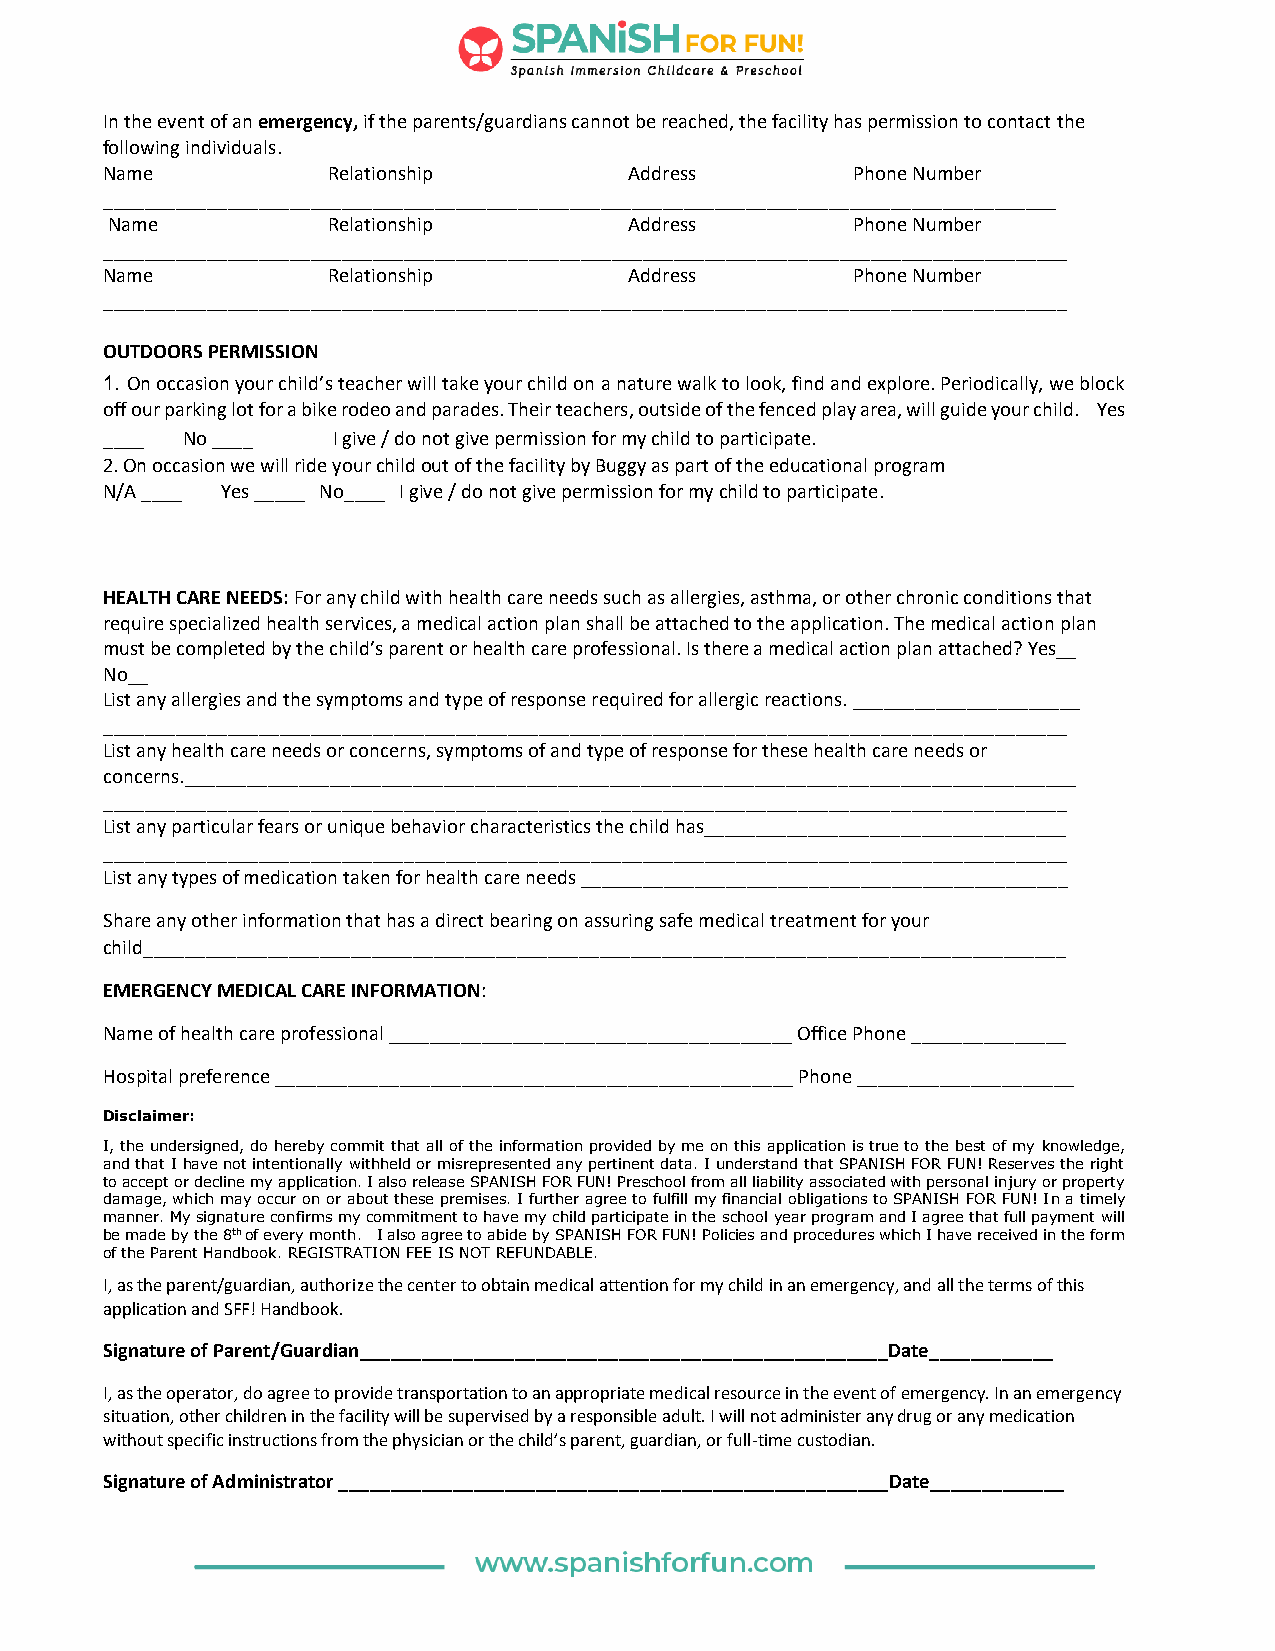
In the event of an emergency, if the parents/guardians cannot be reached, the facility has permission to contact the
 following individuals.
 Name           Relationship        Address        Phone Number
 ____________________________________________________________________________________________
 Name           Relationship        Address        Phone Number
 _____________________________________________________________________________________________
 Name           Relationship        Address        Phone Number
 _____________________________________________________________________________________________
 OUTDOORS PERMISSION
 1. On occasion your child’s teacher will take your child on a nature walk to look, find and explore. Periodically, we block
 off our parking lot for a bike rodeo and parades. Their teachers, outside of the fenced play area, will guide your child. Yes
 ____ No ____   I give / do not give permission for my child to participate.
 2. On occasion we will ride your child out of the facility by Buggy as part of the educational program
 N/A ____ Yes _____ No____ I give / do not give permission for my child to participate.
 HEALTH CARE NEEDS: For any child with health care needs such as allergies, asthma, or other chronic conditions that
 require specialized health services, a medical action plan shall be attached to the application. The medical action plan
 must be completed by the child’s parent or health care professional. Is there a medical action plan attached? Yes__
 No__
 List any allergies and the symptoms and type of response required for allergic reactions. ______________________
 _____________________________________________________________________________________________
 List any health care needs or concerns, symptoms of and type of response for these health care needs or
 concerns.______________________________________________________________________________________
 _____________________________________________________________________________________________
 List any particular fears or unique behavior characteristics the child has___________________________________
 _____________________________________________________________________________________________
 List any types of medication taken for health care needs _______________________________________________
 Share any other information that has a direct bearing on assuring safe medical treatment for your
 child_________________________________________________________________________________________
 EMERGENCY MEDICAL CARE INFORMATION:
 Name of health care professional _______________________________________ Office Phone _______________
 Hospital preference __________________________________________________ Phone _____________________
 Disclaimer:
 I, the undersigned, do hereby commit that all of the information provided by me on this application is true to the best of my knowledge,
 and that I have not intentionally withheld or misrepresented any pertinent data. I understand that SPANISH FOR FUN! Reserves the right
 to accept or decline my application. I also release SPANISH FOR FUN! Preschool from all liability associated with personal injury or property
 damage, which may occur on or about these premises. I further agree to fulfill my financial obligations to SPANISH FOR FUN! In a timely
 manner. My signature confirms my commitment to have my child participate in the school year program and I agree that full payment will
 be made by the 8th of every month. I also agree to abide by SPANISH FOR FUN! Policies and procedures which I have received in the form
 of the Parent Handbook. REGISTRATION FEE IS NOT REFUNDABLE.
 I, as the parent/guardian, authorize the center to obtain medical attention for my child in an emergency, and all the terms of this
 application and SFF! Handbook.
 Signature of Parent/Guardian___________________________________________________Date____________
 I, as the operator, do agree to provide transportation to an appropriate medical resource in the event of emergency. In an emergency
 situation, other children in the facility will be supervised by a responsible adult. I will not administer any drug or any medication
 without specific instructions from the physician or the child’s parent, guardian, or full-time custodian.
 Signature of Administrator _____________________________________________________Date_____________